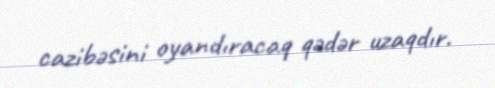
cazibəsini oyandıracaq qədər uzaqdır.